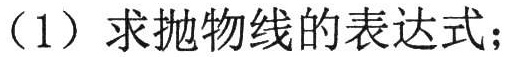
（1）求抛物线的表达式；